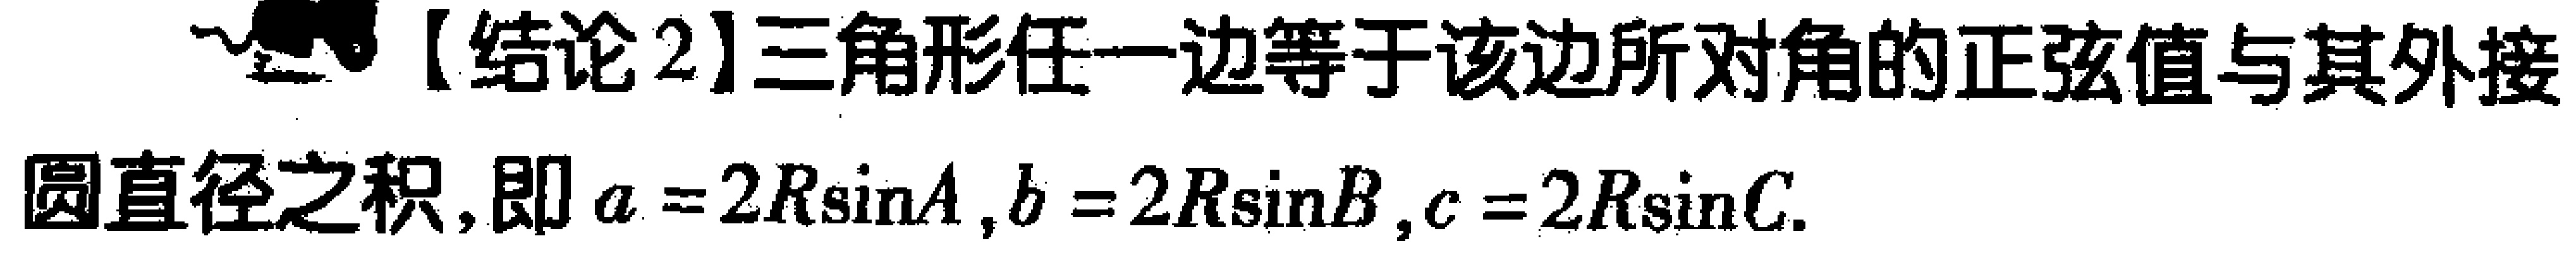
【结论2】三角形任一边等于该边所对角的正弦值与其外接圆直径之积, 即 \(a = 2R\sin A,b = 2R\sin B,c = 2R\sin C\).